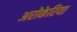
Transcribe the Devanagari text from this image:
अरोकेरिया